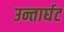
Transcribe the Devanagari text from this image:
उन्तार्घट